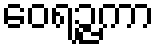
ဝေရဉ္ဇကာ